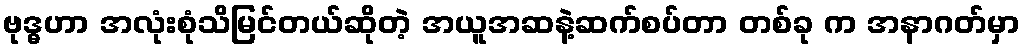
ဗုဒ္ဓဟာ အလုံးစုံသိမြင်တယ်ဆိုတဲ့ အယူအဆနဲ့ဆက်စပ်တာ တစ်ခု က အနာဂတ်မှာ